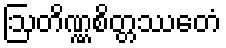
ဩတိဏ္ဏစိတ္တဿေတံ